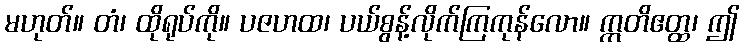
မဟုတ်။ တံ၊ ထိုရုပ်ကို။ ပဇဟထ၊ ပယ်စွန့်လိုက်ကြကုန်လော။ ဣတိဧတ္ထ၊ ဤ